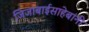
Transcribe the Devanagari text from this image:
जिजाबाईसाहेबांनी